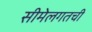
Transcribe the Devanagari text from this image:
सीमेलगतची